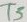
Text: T5